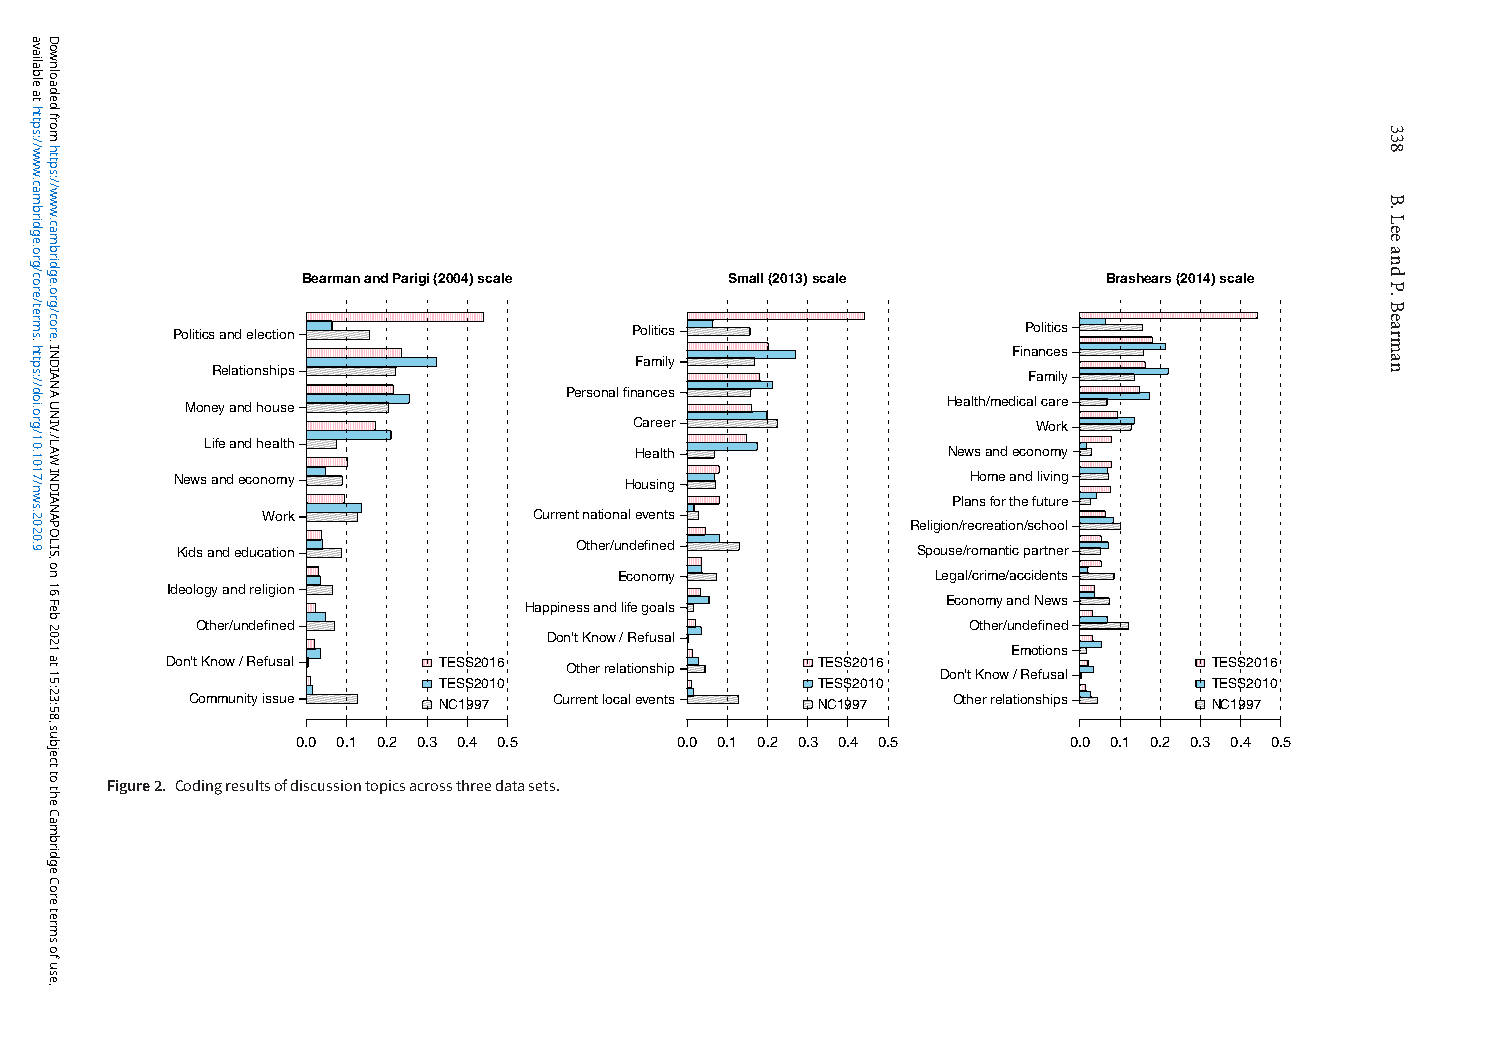
Bearman and Parigi (2004) scale Small (2013) scale   Brashears (2014) scale
 Politics and election          Politics                  Politics
 Finances
 Family
 Relationships                                         Family
 Personal finances
 Money and house                                    Health/medical care
 Career                     Work
 Life and health
 Health               News and economy
 News and economy             Housing                Home and living
 Plans for the future
 Work              Current national events
 Religion/recreation/school
 Kids and education        Other/undefined        Spouse/romantic partner
 Economy              Legal/crime/accidents
 Ideology and religion
 Economy and News Happiness and life goals
 Other/undefined                                    Other/undefined
 Don't Know / Refusal
 Emotions
 Don't Know / Refusal TESS2016 Other relationship TESS2016            TESS2016
 Don't Know / Refusal
 TESS2010                 TESS2010                  TESS2010
 Community issue NC1997  Current local events NC1997 Other relationships NC1997
 0.0 0.1 0.2 0.3 0.4 0.5  0.0 0.1 0.2 0.3 0.4 0.5   0.0 0.1 0.2 0.3 0.4 0.5
 Figure2. Codingresultsofdiscussiontopicsacrossthreedatasets.
 available
 at
 https://www.cambridge.org/core/terms.
 https://doi.org/10.1017/nws.2020.9
 Downloaded
 from
 https://www.cambridge.org/core.
 INDIANA
 UNIV./LAW
 INDIANAPOLIS,
 on
 16
 Feb
 2021
 at
 15:23:58,
 subject
 to
 the
 Cambridge
 Core
 terms
 of
 use,
 338
 B.LeeandP.Bearman